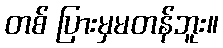
တစ် ပြားမှမတန်ဘူး။